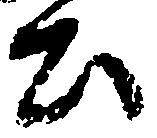
公